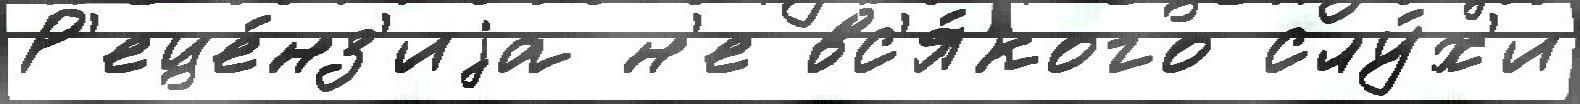
Р'еце́нз'иjа н'е вс'я́кого слу́х'и